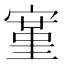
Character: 𫳱